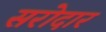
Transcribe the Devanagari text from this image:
सरोदार